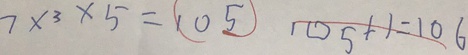
7 \times 3 \times 5 = ( 1 0 5 ) 1 0 5 + 1 = 1 0 6